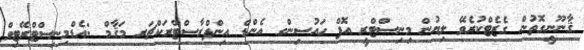
ޤާނޫނީގޮތުން ގެޒެޓްކުރެވޭ ލިޔުން މިނިސްޓްރީ އޮފް ހައުސިންގ އެންޑް އިންފްރާސްޓްރަކްޗަރ މަޤާމް :އެޑްމިނިސްޓްރޭޓިވް